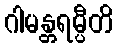
ဂါမန္တရမ္ပီတိ